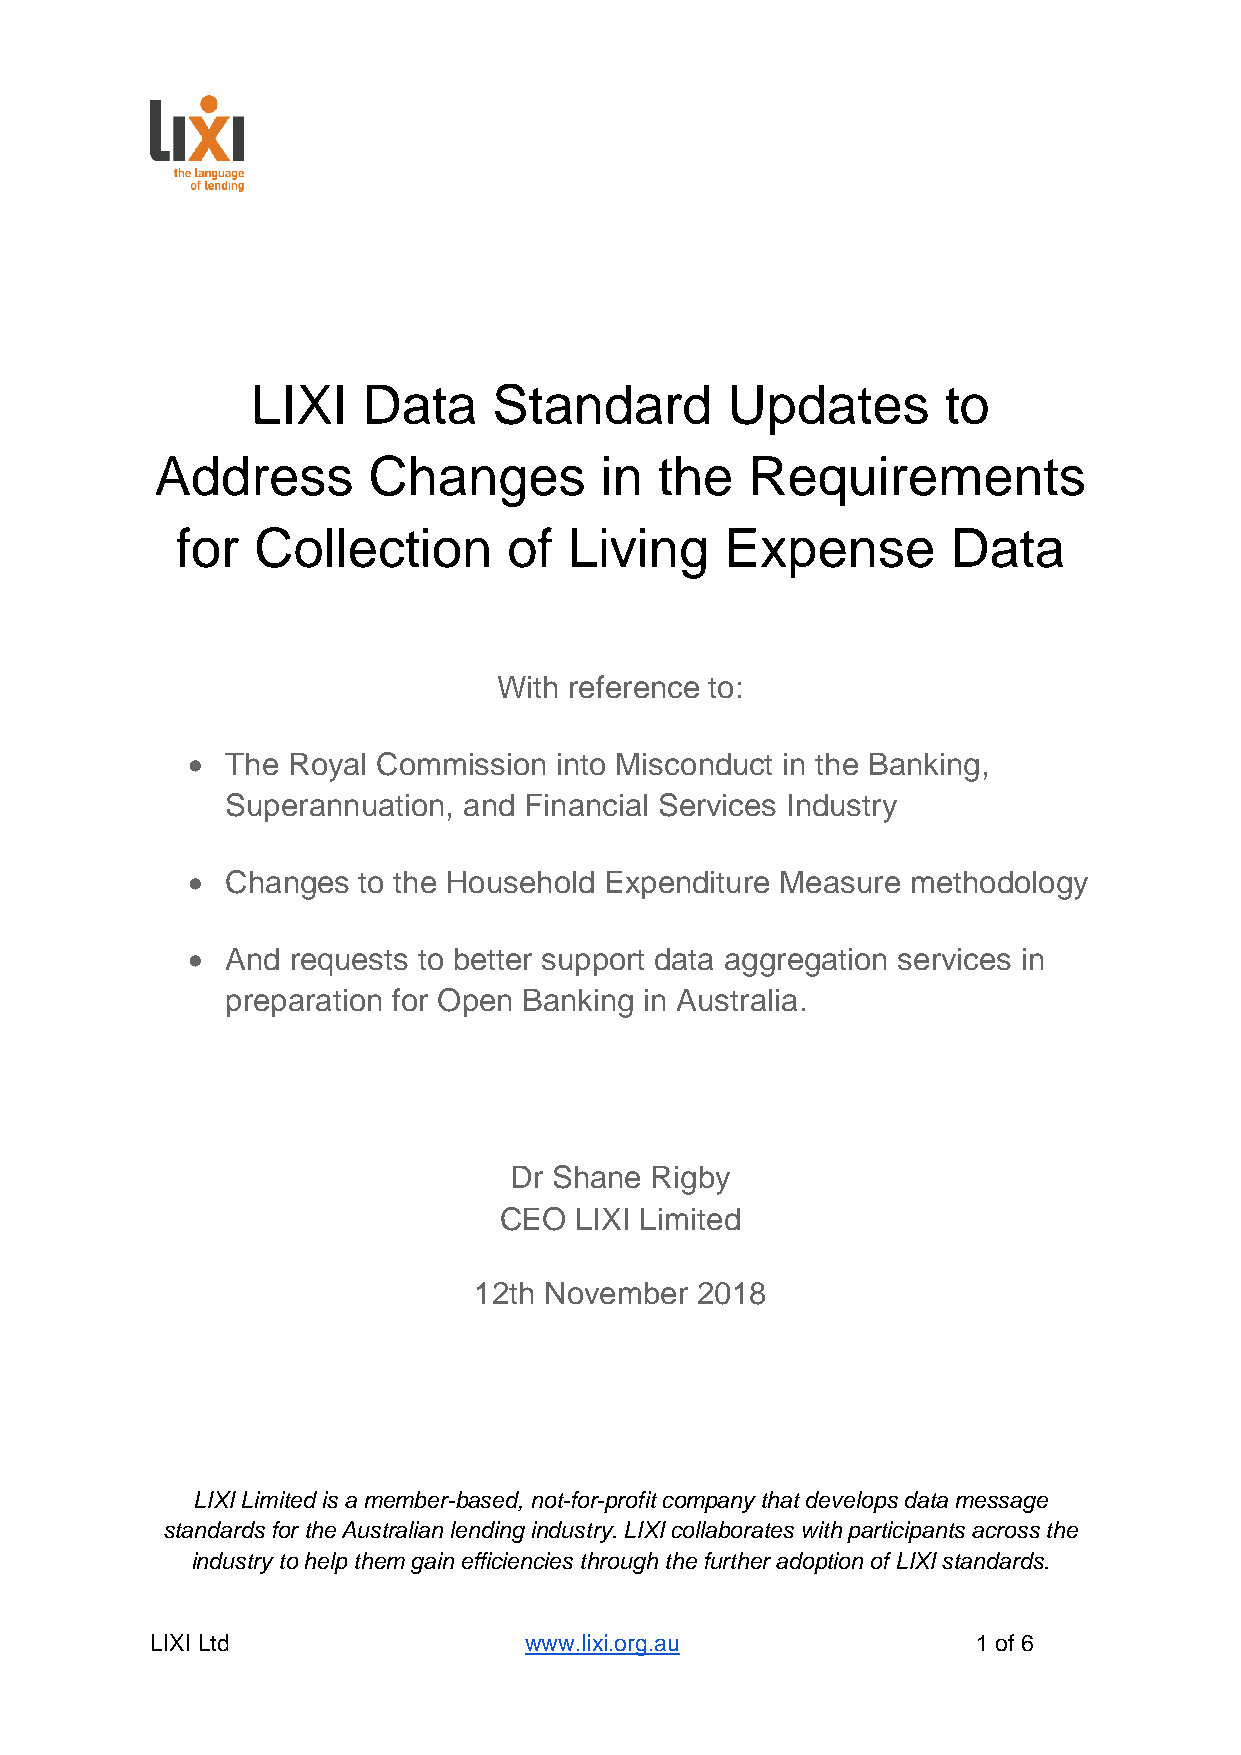
LIXI   Data     Standard       Updates        to
 Address       Changes         in  the   Requirements
 for  Collection       of  Living    Expense        Data
 With reference to:
 •  The Royal Commission  into Misconduct in the Banking,
 Superannuation, and Financial Services Industry
 •  Changes  to the Household Expenditure Measure methodology
 •  And requests to better support data aggregation services in
 preparation for Open Banking in Australia.
 Dr Shane Rigby
 CEO  LIXI Limited
 12th November  2018
 LIXI Limited is a member-based, not-for-profit company that develops data message
 standards for the Australian lending industry. LIXI collaborates with participants across the
 industry to help them gain efficiencies through the further adoption of LIXI standards.
 LIXI Ltd                 www.lixi.org.au               1 of 6